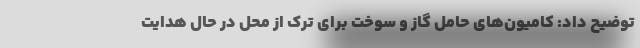
توضیح داد: کامیون‌های حامل گاز و سوخت برای ترک از محل در حال هدایت